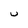
Character: U